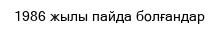
1986 жылы пайда болғандар